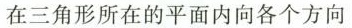
在三角形所在的平面内向各个方向